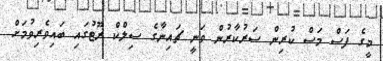
މީގެ ފަސް މަސް ކުރިން ސަރުކާރުން ވަނީ ޗައިނާގެ ސިލްކް ރޫޓުގައި ބައިވެރިވުމަށް